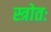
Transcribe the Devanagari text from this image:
स्त्रोतः